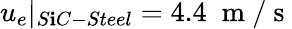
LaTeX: u_{e}|_{S\mathbf{i}C-Steel}=4.4\; \mathrm{{~m~/~s~}}